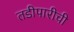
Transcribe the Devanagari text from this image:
तडीपारीची